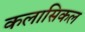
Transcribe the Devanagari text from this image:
कलासिकल